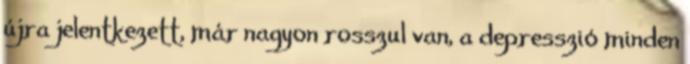
újra jelentkezett, már nagyon rosszul van, a depresszió minden